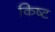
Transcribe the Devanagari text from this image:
किष्ट